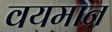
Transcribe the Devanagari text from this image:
वयमान